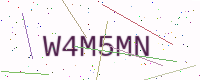
Text: W4M5MN